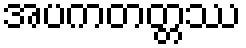
အပကတတ္တဿ